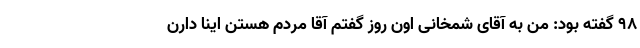
98 گفته بود: من به آقای شمخانی اون روز گفتم آقا مردم‌ هستن اینا دارن